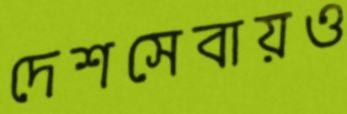
দেশসেবায়ও